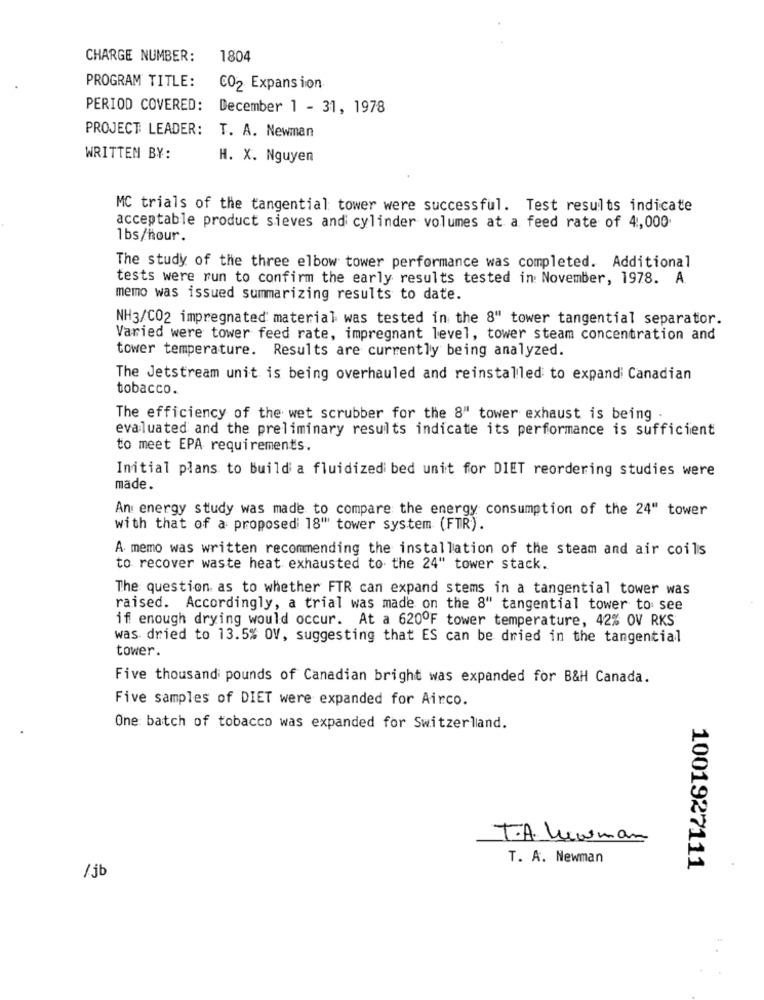
CHARGE NUMBER:
1804
PROGRAM TITLE:
CO2 Expansion
PERIOD COVERED: December 1 - 31, 1978
PROJECT LEADER:
T. A. Newman
WRITTEN BY:
H. X. Nguyen
MC trials of the tangential tower were successful. Test results indicate
acceptable product sieves and cylinder volumes at a feed rate of 4,000
1bs/hour.
The study of the three elbow tower performance was completed. Additional
tests were run to confirm the early results tested in: November, 1978. A.
memo was issued summarizing results to date.
NH3/CO2 impregnated' material was tested in the 8" tower tangential separator.
Varied were tower feed rate, impregnant level, tower steam concentration and
tower temperature. Results are currently being analyzed.
The Jetstream unit is being overhauled and reinstalled to expand Canadian
tobacco.
The efficiency of the wet scrubber for the 8" tower exhaust is being .
evaluated and the preliminary results indicate its performance is sufficient
to meet EPA requirements.
Initial plans to Build a fluidized bed unit for DIET reordering studies were
made.
An energy study was made to compare the energy consumption of the 24" tower
with that of a proposed 18"" tower system (FTR).
A memo was written recommending the installation of the steam and air coils
to recover waste heat exhausted to the 24" tower stack.
The question as to whether FTR can expand stems in a tangential tower was
raised. Accordingly, a trial was made on the 8" tangential tower to see
if enough drying would occur. At a 620ºF tower temperature, 42% OV RKS
was dried to 13.5% OV, suggesting that ES can be dried in the tangential
tower.
Five thousand pounds of Canadian bright was expanded for B&H Canada.
Five samples of DIET were expanded for Airco.
One batch of tobacco was expanded for Switzerland.
T.A. Newman
T. A. Newman
1001927111
/jb